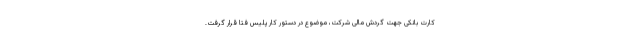
کارت بانکی جهت گردش مالی شرکت، موضوع در دستور کار پلیس فتا قرار گرفت.